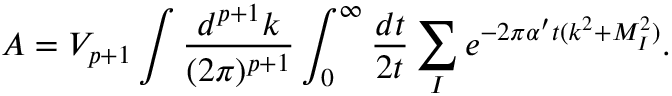
{ \cal A } = V _ { p + 1 } \int \frac { d ^ { p + 1 } k } { ( 2 \pi ) ^ { p + 1 } } \int _ { 0 } ^ { \infty } { \frac { d t } { 2 t } } \sum _ { I } e ^ { - 2 \pi { \alpha ^ { \prime } } t ( k ^ { 2 } + M _ { I } ^ { 2 } ) } .